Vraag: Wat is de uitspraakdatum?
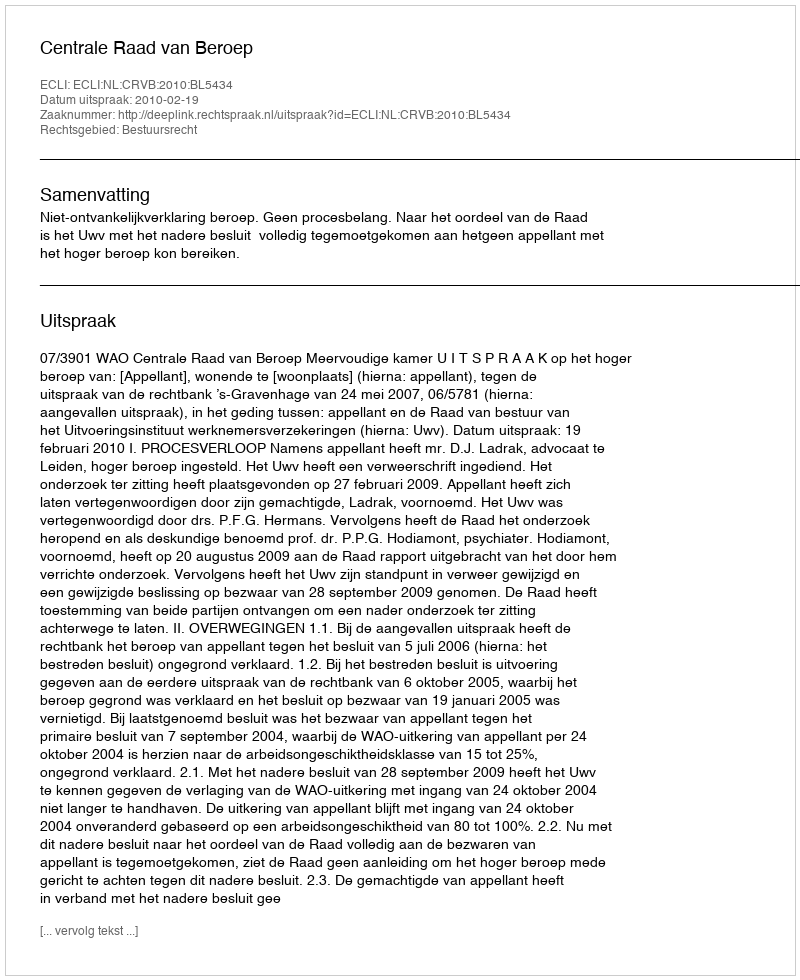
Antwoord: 2010-02-19